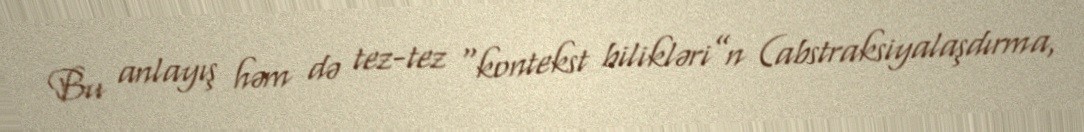
Bu anlayış həm də tez-tez “kontekst bilikləri”n (abstraksiyalaşdırma,